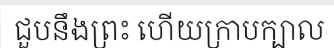
ជួបនឹងព្រះ ហើយក្រាបក្បាល